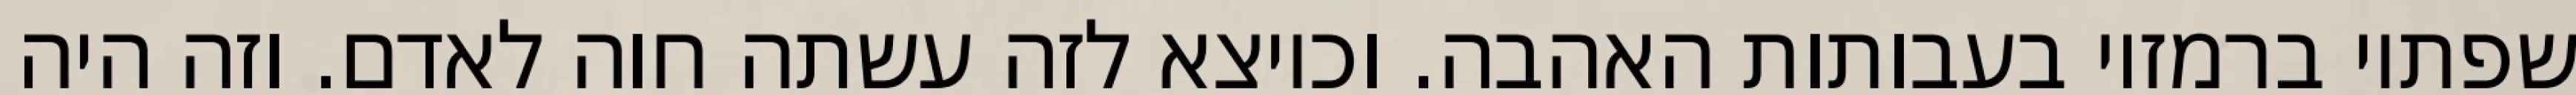
שפתיו ברמזיו בעבותות האהבה. וכיוצא לזה עשתה חוה לאדם. וזה היה